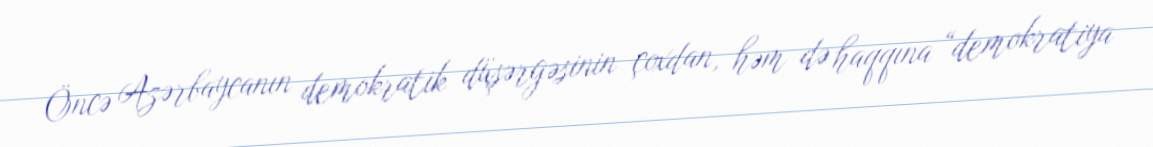
Öncə Azərbaycanın demokratik düşərgəsinin çoxdan, həm də haqqına “demokratiya